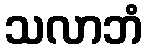
သလာဘံ